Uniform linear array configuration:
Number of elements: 32
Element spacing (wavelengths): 1
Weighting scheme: binomial
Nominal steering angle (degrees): -45
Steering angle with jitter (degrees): -46.215
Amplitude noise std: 0.05
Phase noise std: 0.05

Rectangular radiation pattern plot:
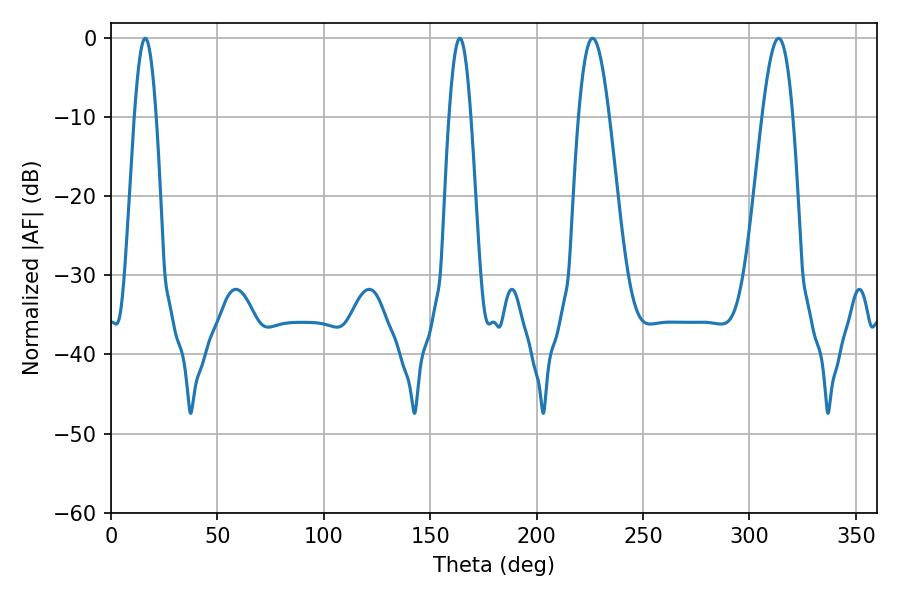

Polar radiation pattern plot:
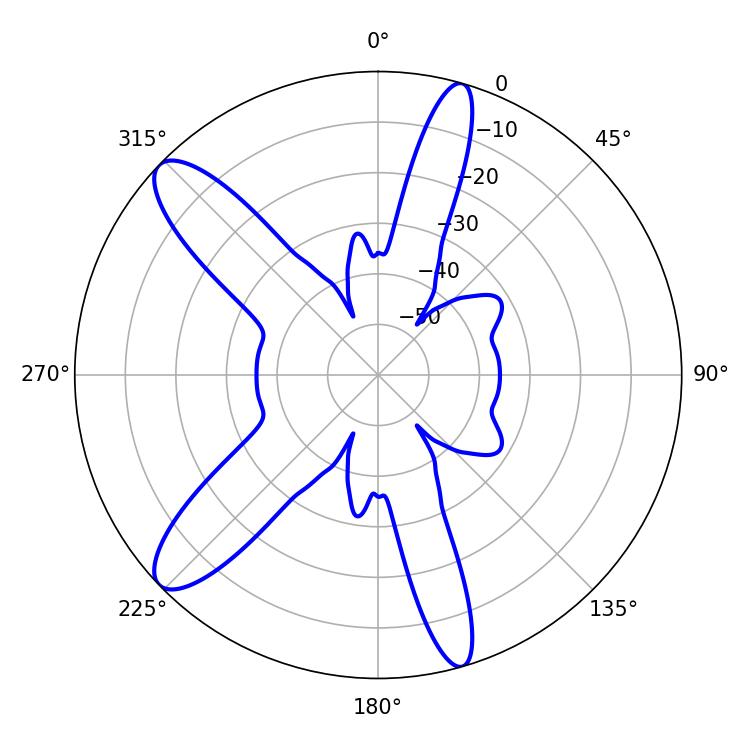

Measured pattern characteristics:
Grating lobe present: TRUE
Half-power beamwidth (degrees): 7.74
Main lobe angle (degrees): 226.26